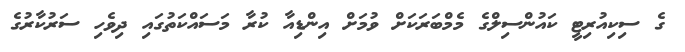
ގެ ސިކިއުރިޓީ ކައުންސިލްގެ މެމްބަރަކަށް ވުމަށް އިންޑިއާ ކުރާ މަސައްކަތުގައި ދިވެހި ސަރުކާރުގެ